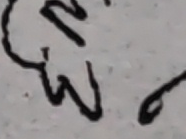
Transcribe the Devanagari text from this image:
ऊश्व